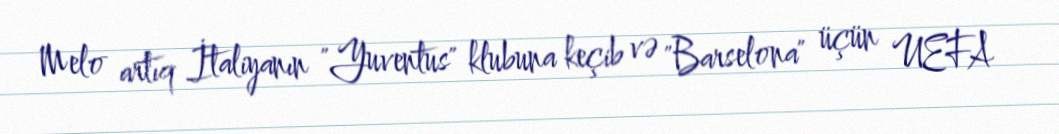
Melo artıq İtaliyanın "Yuventus" klubuna keçib və "Barselona" üçün UEFA